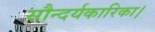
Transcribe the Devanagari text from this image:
सौन्दर्यकारिका।